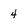
Character: 4